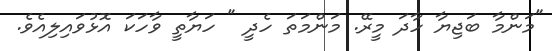
"މަންމާ ބަޖިޔާ ހާދަ މީރޭ. މަންމަތަ ހެދީ " ހަޔާތީ ވާހަކަ އޮޅުވައިލިއެވެ.